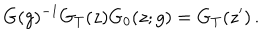
LaTeX: G ( g ) ^ { - 1 } G _ { T } ( z ) G _ { 0 } ( z ; g ) = G _ { T } ( z ^ { \prime } ) \, .